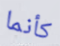
كأنما